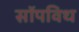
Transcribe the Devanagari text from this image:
सॉपविथ